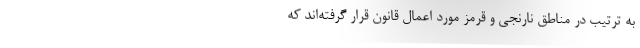
به ترتیب در مناطق نارنجی و قرمز مورد اعمال قانون قرار گرفته‌اند که